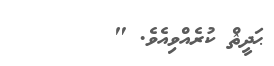
ޙަދީޘް ކުރެއްވިއެވެ. "